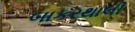
બાકરથાલી